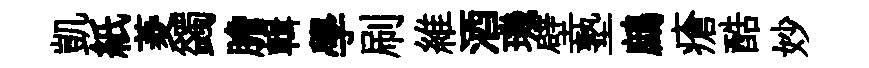
凱紙菱蠲膽輯學刷維酒璣壁塾鷓瘡酷妙